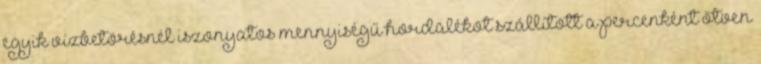
egyik vízbetörésnél iszonyatos mennyiségű hordalékot szállított a percenként ötven